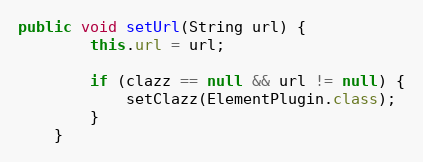
Language: Java
public void setUrl(String url) {
        this.url = url;

        if (clazz == null && url != null) {
            setClazz(ElementPlugin.class);
        }
    }